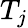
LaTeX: T_{j}